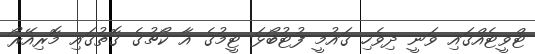
ޓްވީޓެއްގައި ވަނީ ދިވެހި ގައުމީ ފުޓުބޯޅަ ޓީމުގެ އާ ކޯޗުގެ ގޮތުގައި މޮރިއޭރޯ